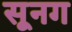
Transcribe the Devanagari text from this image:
सूनग